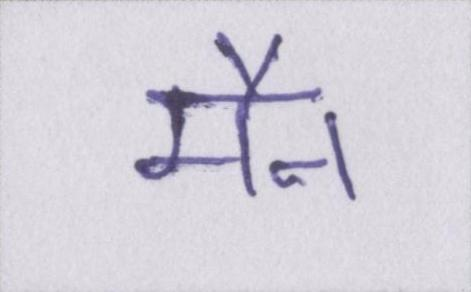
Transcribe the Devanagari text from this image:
मैन